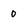
Character: 0